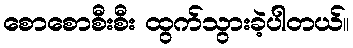
စောစောစီးစီး ထွက်သွားခဲ့ပါတယ်။